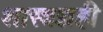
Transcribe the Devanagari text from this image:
शास्त्रज्ञही